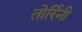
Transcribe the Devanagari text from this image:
तोर्रिनी